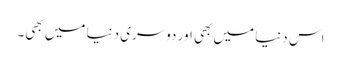
اس دنیا میں بھی اور دوسری دنیا میں بھی۔